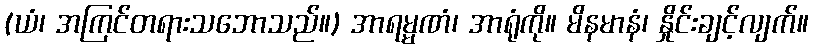
(ယံ၊ အကြင်တရားသဘောသည်။) အာရမ္မဏံ၊ အာရုံကို။ မိနမာနံ၊ နှိုင်းချင့်လျက်။